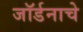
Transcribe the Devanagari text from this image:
जॉर्डनाचे